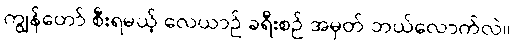
ကျွန်တော် စီးရမယ့် လေယာဉ် ခရီးစဉ် အမှတ် ဘယ်လောက်လဲ။